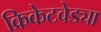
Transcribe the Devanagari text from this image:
क्रिकेटवेड्या